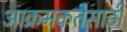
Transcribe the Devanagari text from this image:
आक्रमकतेसाठी